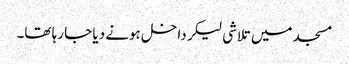
مسجد میں تلاشی لیکر داخل ہونے دیا جا رہا تھا۔